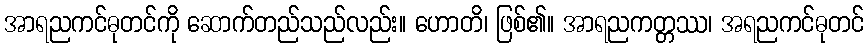
အာရညကင်ဓုတင်ကို ဆောက်တည်သည်လည်း။ ဟောတိ၊ ဖြစ်၏။ အာရညကတ္တဿ၊ အရညကင်ဓုတင်